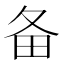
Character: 备